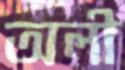
অলী